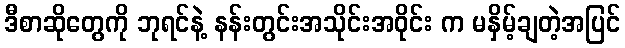
ဒီစာဆိုတွေကို ဘုရင်နဲ့ နန်းတွင်းအသိုင်းအဝိုင်း က မနှိမ့်ချတဲ့အပြင်